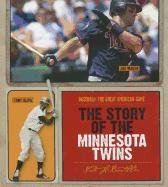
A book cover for The Story of the Minnesota Twins (Baseball: the Great American Game); Nate Leboutillier; Teen & Young Adult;